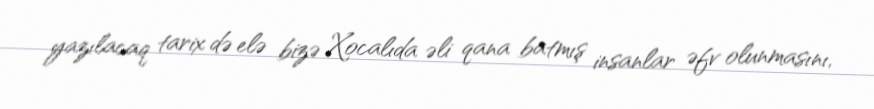
yazılacaq tarix də elə bizə Xocalıda əli qana batmış insanlar əfv olunmasını,